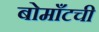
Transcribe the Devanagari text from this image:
बोमाँटची